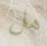
هل